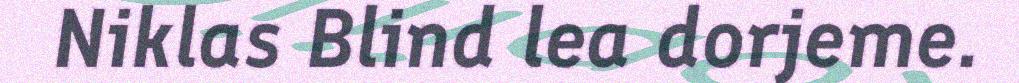
Niklas Blind lea dorjeme.